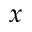
x